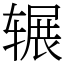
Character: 辗